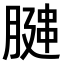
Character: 𫆩